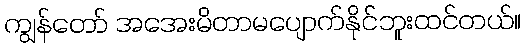
ကျွန်တော် အအေးမိတာမပျောက်နိုင်ဘူးထင်တယ်။